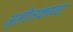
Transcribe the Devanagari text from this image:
गृहीतकांना